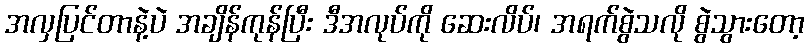
အလှပြင်တာနဲ့ပဲ အချိန်ကုန်ပြီး ဒီအလုပ်ကို ဆေးလိပ်၊ အရက်စွဲသလို စွဲသွားတော့